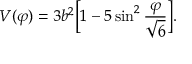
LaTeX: V ( \varphi ) = 3 b ^ { 2 } \biggl [ 1 - 5 \sin ^ { 2 } \frac { \varphi } { \sqrt { 6 } } \biggr ] .